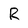
Character: R